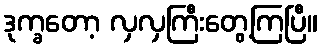
ဒုက္ခတော့ လှလှကြီးတွေ့ကြပြီ။